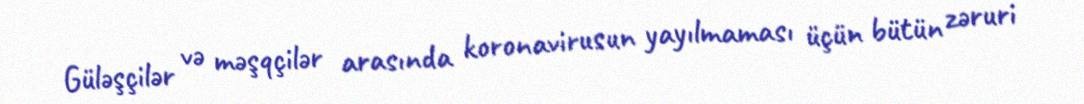
Güləşçilər və məşqçilər arasında koronavirusun yayılmaması üçün bütün zəruri